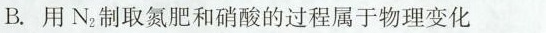
B.用N_{2} 制取氮肥和硝酸的过程属于物理变化